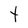
Character: t